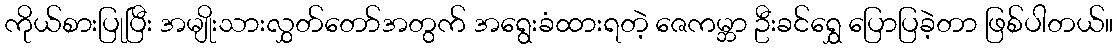
ကိုယ်စားပြုပြီး အမျိုးသားလွှတ်တော်အတွက် အရွေးခံထားရတဲ့ ဇေကမ္ဘာ ဦးခင်ရွှေ ပြောပြခဲ့တာ ဖြစ်ပါတယ်။